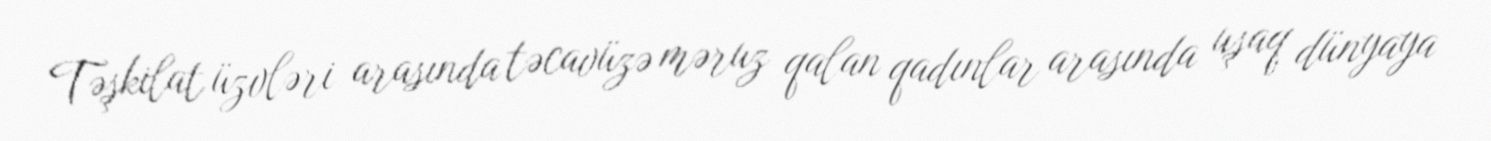
Təşkilat üzvləri arasında təcavüzə məruz qalan qadınlar arasında uşaq dünyaya